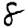
Digit: 8